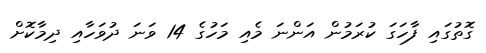
ގޮތުގައި ފާހަގަ ކުރަމުން އަންނަ މެއި މަހުގެ 14 ވަނަ ދުވަހާއި ދިމާކޮށް